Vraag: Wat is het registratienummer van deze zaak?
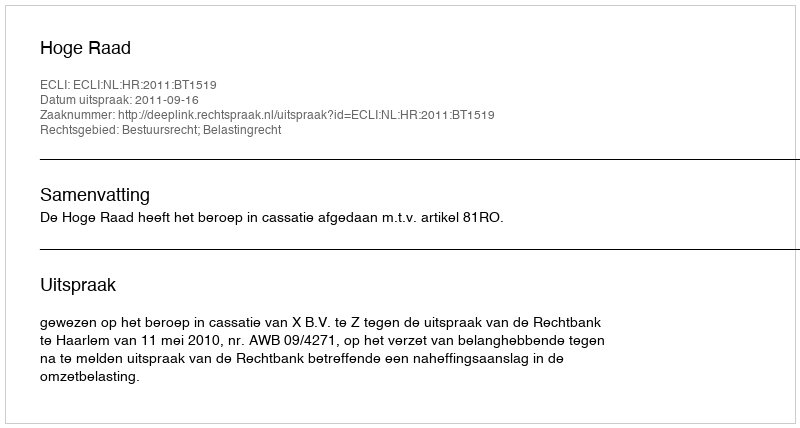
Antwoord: http://deeplink.rechtspraak.nl/uitspraak?id=ECLI:NL:HR:2011:BT1519